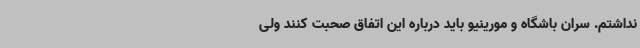
نداشتم. سران باشگاه و مورینیو باید درباره این اتفاق صحبت کنند ولی